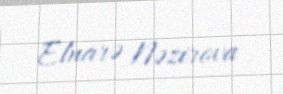
Elnarə Nəzirova